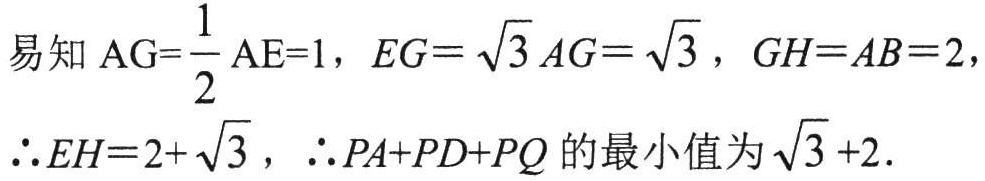
易知 \( \mathrm{AG}=\frac{1}{2} \mathrm{AE}=1\)，\(EG = \sqrt{3} AG=\sqrt{3}\)，\(GH = AB = 2\)，

\(\therefore EH = 2+\sqrt{3}\)，\(\therefore PA + PD + PQ\) 的最小值为 \(\sqrt{3}+2\)．